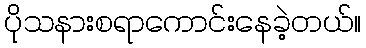
ပိုသနားစရာကောင်းနေခဲ့တယ်။